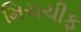
મિચચીફ